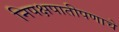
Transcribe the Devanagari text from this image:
निपक्षपातीपणाचे